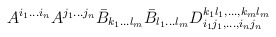
\begin{align*}A^{i_1 \ldots i_n} A^{j_1 \ldots j_n} \bar{B}_{k_1 \ldots l_m}\bar{B}_{l_1 \ldots l_m} D_{i_1 j_1, \ldots, i_n j_n}^{k_1 l_1,\ldots, k_ml_m}\end{align*}